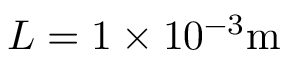
L = 1 \times 1 0 ^ { - 3 } \mathrm { m }